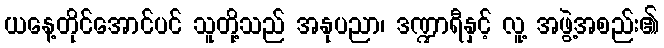
ယနေ့တိုင်အောင်ပင် သူတို့သည် အနုပညာ၊ ဒဏ္ဍာရီနှင့် လူ့ အဖွဲ့အစည်း၏